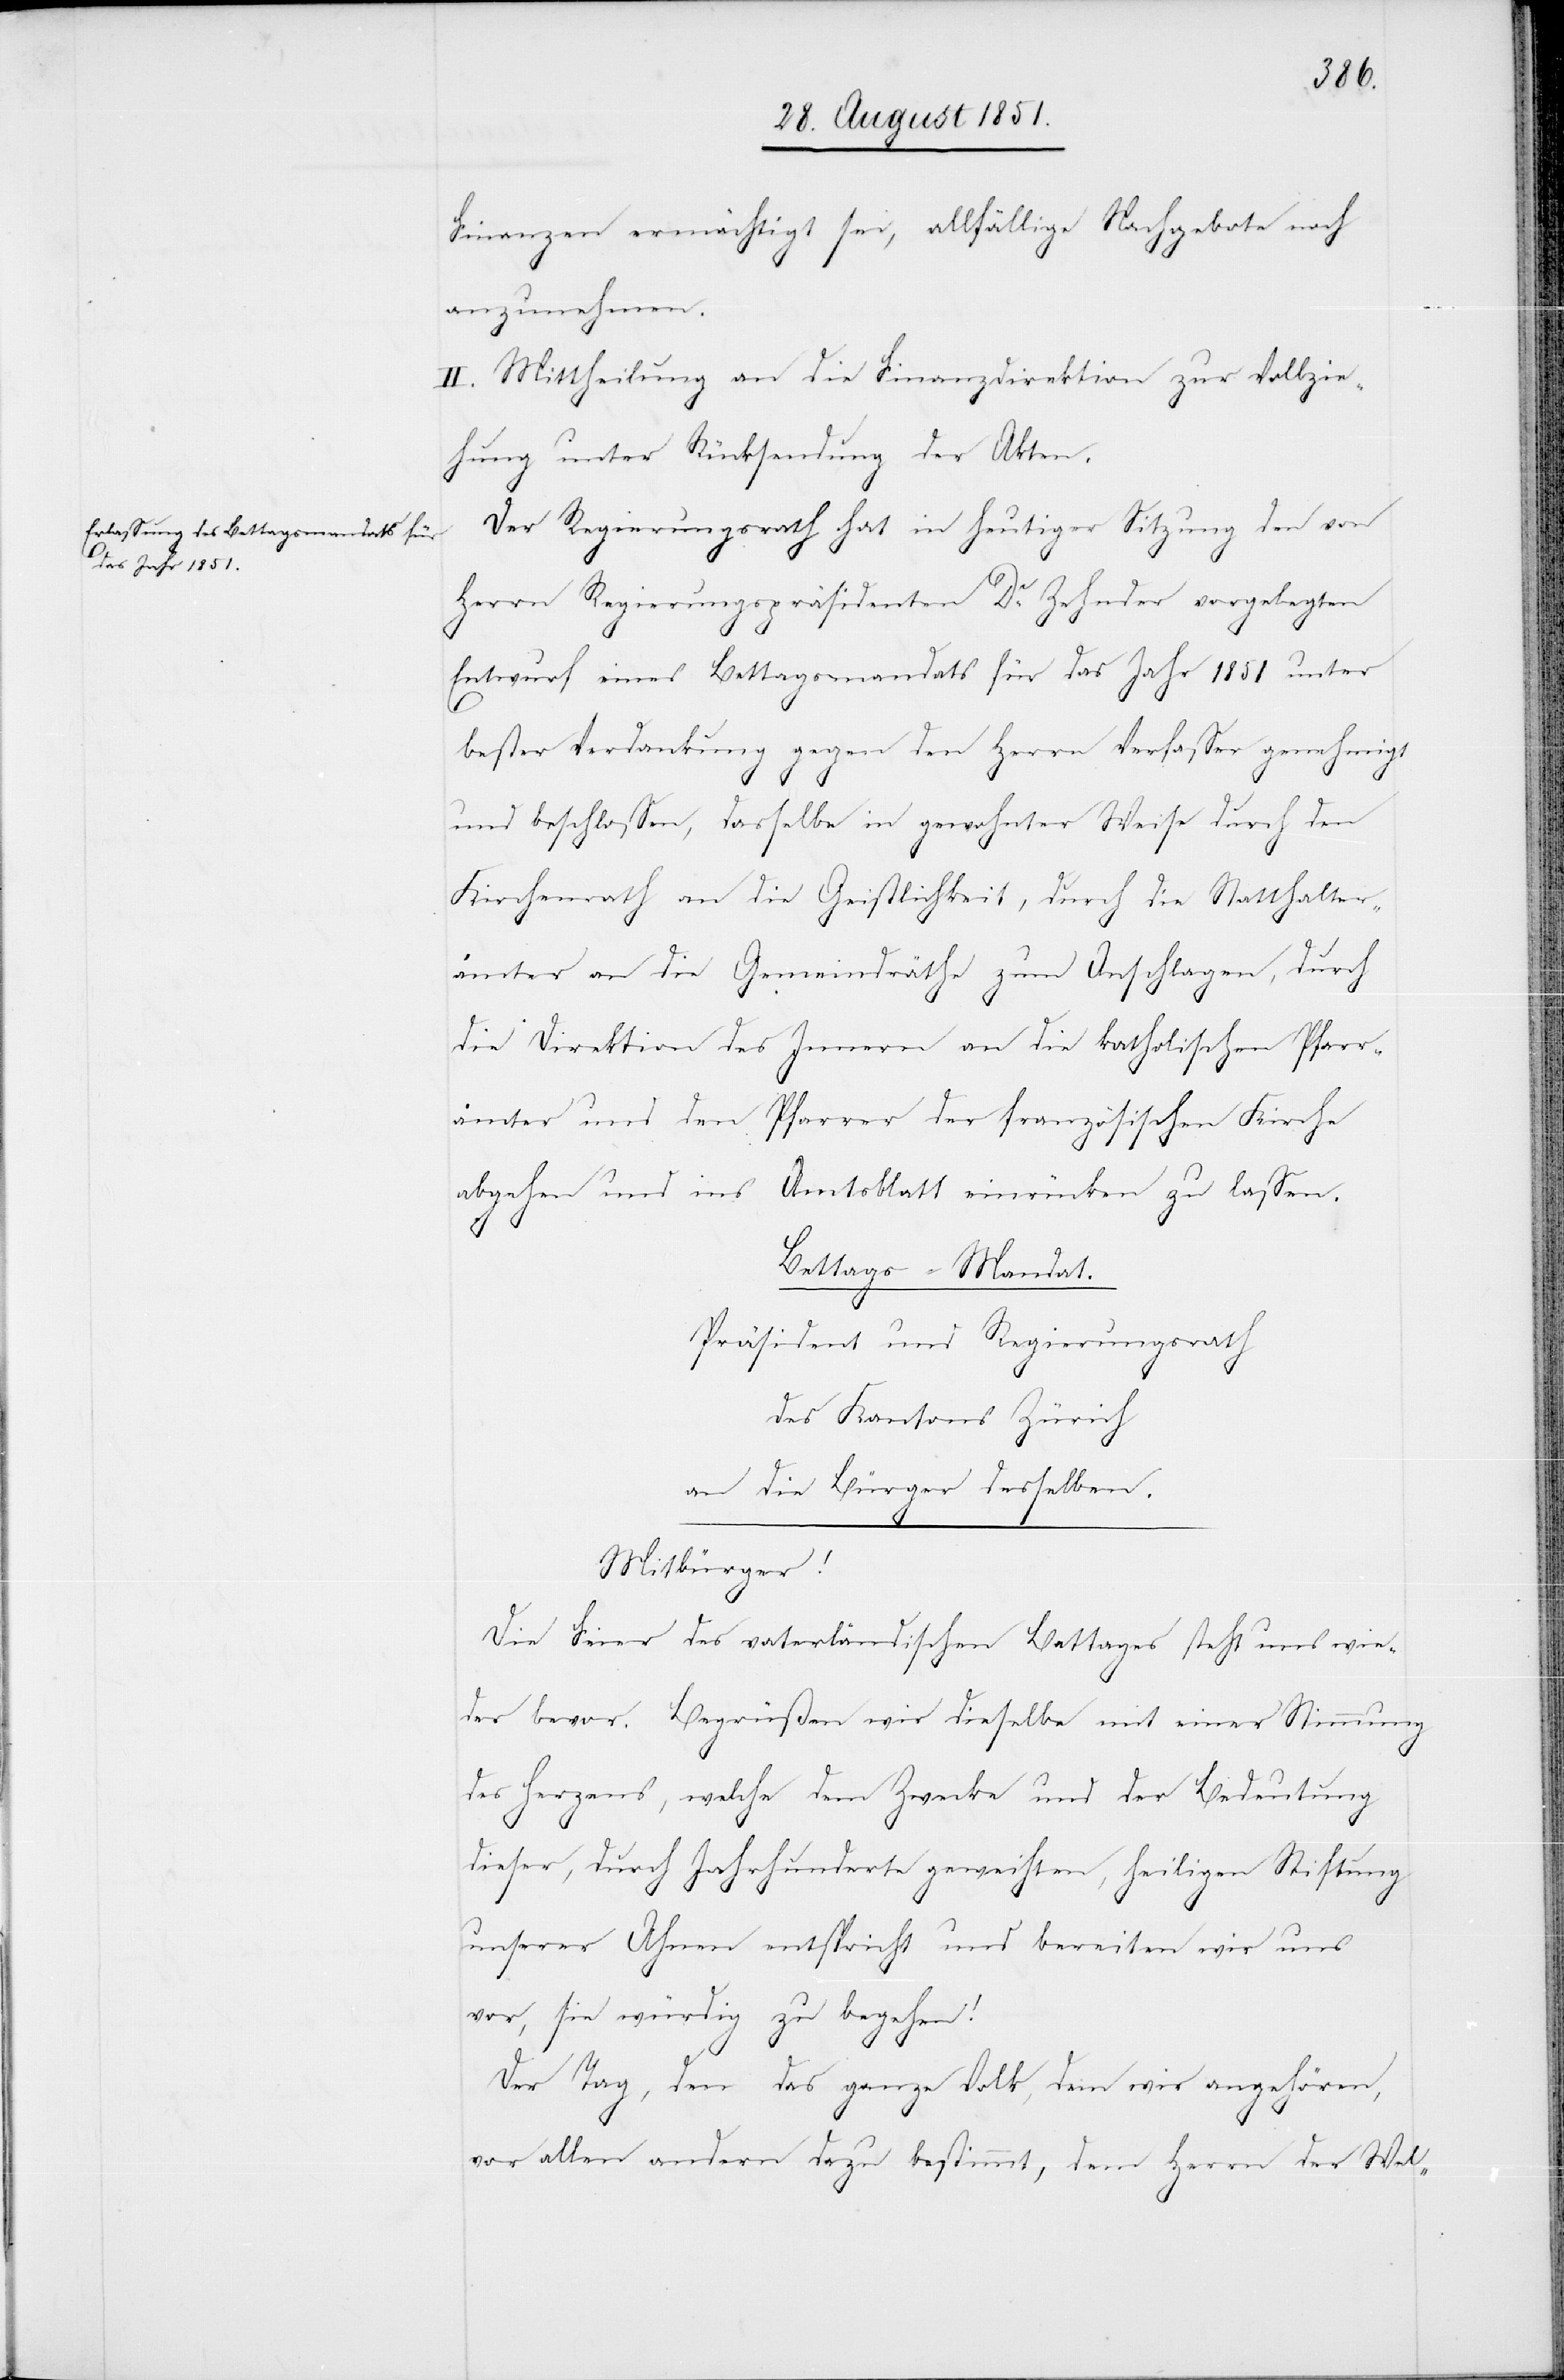
Finanzen ermächtigt sei, allfällige Nachgebote noch
anzunehmen.
II. Mittheilung an die Finanzdirektion zur Vollzie¬
hung unter Rücksendung der Akten.
Der Regierungsrath hat in heutiger Sitzung den von
Herrn Regierungspräsidenten Dr. Zehnder vorgelegten
Entwurf eines Bettagsmandats für das Jahr 1851 unter
bester Verdankung gegen den Herrn Verfasser genehmigt
und beschlossen, dasselbe in gewohnter Weise durch den
Kirchenrath an die Geistlichkeit, durch die Statthalter¬
ämter an die Gemeindräthe zum Anschlagen, durch
die Direktion des Innern an die katholischen Pfarr¬
ämter und den Pfarrer der französischen Kirche
abgehen und ins
Amtsblatt einrücken zu lassen.
Bettags-Mandat.
Präsident und Regierungsrath
des Kantons Zürich
an die Bürger desselben.
Mitbürger!
Die Feier des vaterländischen Bettages steht uns wie¬
der bevor. Begrüßen wir dieselbe mit einer Stimmung
des Herzens, welche dem Zwecke und der Bedeutung
dieser, durch Jahrhunderte geweihten, heiligen Stiftung
unserer Ahnen entspricht und bereiten wir uns
vor, sie würdig zu begehen!
Der Tag, den das ganze Volk, dem wir angehören,
vor allen andern dazu bestimmt, dem Herrn der Wel-